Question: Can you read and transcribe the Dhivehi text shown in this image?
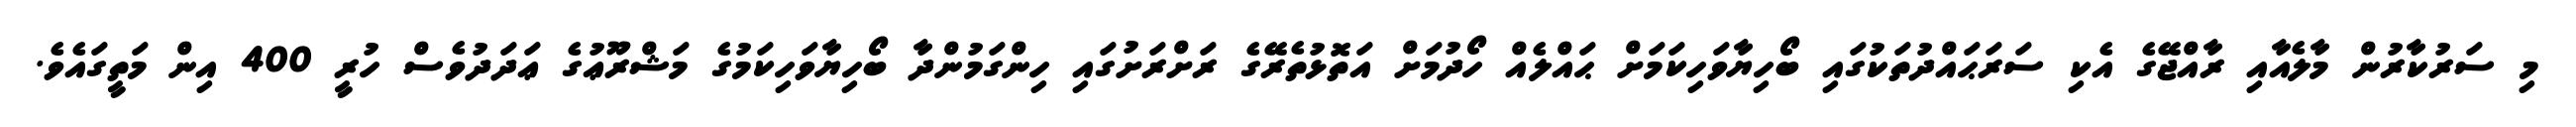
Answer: މި ސަރުކާރުން މާލެއާއި ރާއްޖޭގެ އެކި ސަރަޙައްދުތަކުގައި ބޯހިޔާވަހިކަމަށް ޙައްލެއް ހޯދުމަށް އަތޮޅުތެރޭގެ ރަށްރަށުގައި ހިންގަމުންދާ ބޯހިޔާވަހިކަމުގެ މަޝްރޫޢުގެ ޢަދަދުވެސް ހުރީ 400 އިން މަތީގައެވެ.